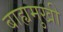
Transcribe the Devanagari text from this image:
बाह्यमुखी